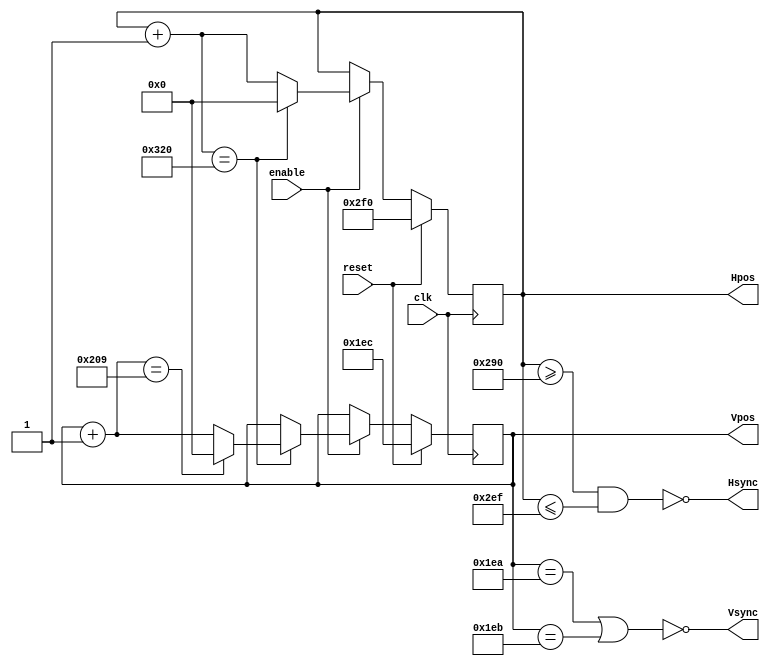
`timescale 1ns / 1ps
//////////////////////////////////////////////////////////////////////////////////
// Company: 
// Engineer: 
// 
// Design Name: 
// Module Name:    Vga 
// Project Name: 
// Target Devices: 
// Tool versions: 
// Description: 
//
// Dependencies: 
//
// Revision: 
// Revision 0.01 - File Created
// Additional Comments: 
//
//////////////////////////////////////////////////////////////////////////////////
module Vga(
    input reset,
    input enable,
    input clk,
    output Hsync,
    output Vsync,
    output [10:0] Hpos,
    output [10:0] Vpos
    );
	 
	localparam H_DISP = 640;
	localparam H_PULSE = 96;
	localparam H_FRONT_PORCH = 16;
	localparam H_BACK_PORCH = 48;
	
	localparam V_DISP = 480;
	localparam V_PULSE = 2;
	localparam V_FRONT_PORCH = 10;
	localparam V_BACK_PORCH = 29;
	
	// Note : The implementation given here is that :
	/* Whether we are displaying pixels or not, the value of Hpos will keep incrementing, that way we wont replace the drawn pixels with black ones.
	When the time comes to change line, Hpos will be set to 0 and Vpos will be incremented.
	In order to decide when we want to change line, we will simply count clock cycles. Horizontal period lasts 800 + 96 clock cycles.
	We begin our period right after the so-called "back-porch".
	The same convention is used along the vertical axis.
	*/
	
	// We start at the position given when both hsync and vsync are set to 1, i.e. at the beginning of the front porch for both.
	reg [10:0] horizontal_clocks_counted = H_DISP + H_PULSE + H_FRONT_PORCH;	// Large enough to store integers up to 800.
	reg [10:0] vertical_lines_counted = V_DISP + V_PULSE + V_FRONT_PORCH;	//	We have to store up to 521, which is just a bit larger than 512, what a shame...
	// In fact, vertical_lines_counted is Vpos and horizontal_clocks_counted is Hpos. How convenient!
	
	always @(posedge clk) begin
		if (reset) begin
			horizontal_clocks_counted = H_DISP + H_PULSE + H_FRONT_PORCH;
			vertical_lines_counted = V_DISP + V_PULSE + V_FRONT_PORCH;
		end
		else if (enable) begin	
			horizontal_clocks_counted = horizontal_clocks_counted + 1;
			if (horizontal_clocks_counted == H_DISP + H_PULSE + H_FRONT_PORCH + H_BACK_PORCH) begin	// Horizontal line done, we have to go to the next line.
				horizontal_clocks_counted = 0;
				vertical_lines_counted = vertical_lines_counted + 1;
				if (vertical_lines_counted == V_DISP + V_PULSE + V_FRONT_PORCH + V_BACK_PORCH) begin
					vertical_lines_counted = 0;	// i.e. we have reached the last line of the scrren, we have to start again from the top.
				end
			end
		end
	end
	
	assign Vsync = ~((vertical_lines_counted == V_DISP + V_FRONT_PORCH) || (vertical_lines_counted == V_DISP + V_FRONT_PORCH + 1));	// i.e. Vsync is true everywhere but on line 480 + 10 and 480 + 10 + 1
	assign Hsync = ~((horizontal_clocks_counted >= H_DISP + H_FRONT_PORCH) && (horizontal_clocks_counted <= H_DISP + H_FRONT_PORCH + H_PULSE - 1));	// i.e. Hsync is set to tru if we haven't reached the pulse or if we have already gone past it.
	assign Hpos = horizontal_clocks_counted;
	assign Vpos = vertical_lines_counted;
endmodule